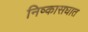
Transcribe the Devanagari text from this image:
निष्कासघात